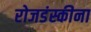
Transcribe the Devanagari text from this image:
रोजडंस्कीना